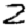
Digit: 2